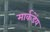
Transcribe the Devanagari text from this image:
मार्कडेंय